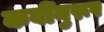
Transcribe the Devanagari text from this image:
कवींनुरूप